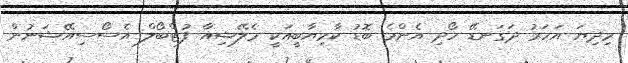
މިދިޔަ އަހަރު ދަގަނޑޭ ހޯދި އެންމެ ބޮޑު ކާމިޔާބީއަކީ މެލޭޝިއާ ފުޓްބޯލް އެސޯސިއޭޝަނުން